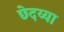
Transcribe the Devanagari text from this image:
छेदय्या